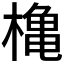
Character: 𪳥